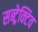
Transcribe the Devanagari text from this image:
सब्ट्रेक्टिव